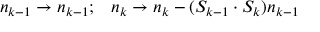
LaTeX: \begin{array} { c c } { { n _ { k - 1 } \rightarrow n _ { k - 1 } ; } } & { { n _ { k } \rightarrow n _ { k } - ( S _ { k - 1 } \cdot S _ { k } ) n _ { k - 1 } } } \end{array}